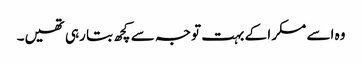
وہ اسے مسکرا کے بہت توجہ سے کچھ بتا رہی تھیں۔